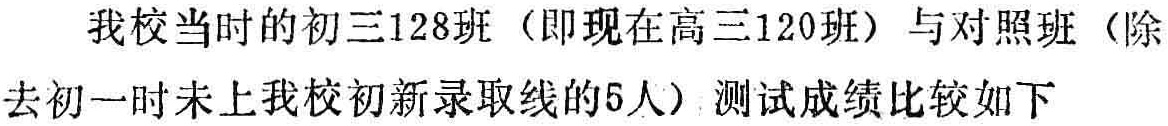
我校当时的初三128班（即现在高三120班）与对照班（除去初一时未上我校初新录取线的5人）测试成绩比较如下